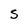
Character: S